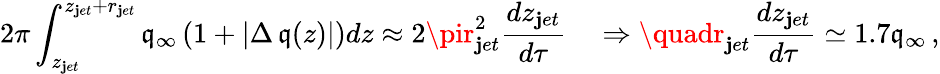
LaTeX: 2\pi\int_{z_{\mathbf{j}et}}^{z_{\mathbf{j}et}+r_{\mathbf{j}et}}\mathfrak{q}_{\infty}\left(1+|\Delta\, \mathfrak{q}(z)|\right)dz\approx2\pir_{\mathbf{j}et}^{2}\frac{{dz_{\mathbf{j}et}}}{{d\tau}}\quad\Rightarrow\quadr_{\mathbf{j}et}\frac{{dz_{\mathbf{j}et}}}{{d\tau}}\simeq1.7\mathfrak{q}_{\infty}\, ,